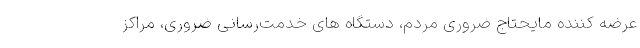
عرضه کننده مایحتاج ضروری مردم، دستگاه های خدمت‌رسانی ضروری، مراکز